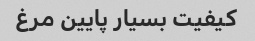
کیفیت بسیار پایین مرغ